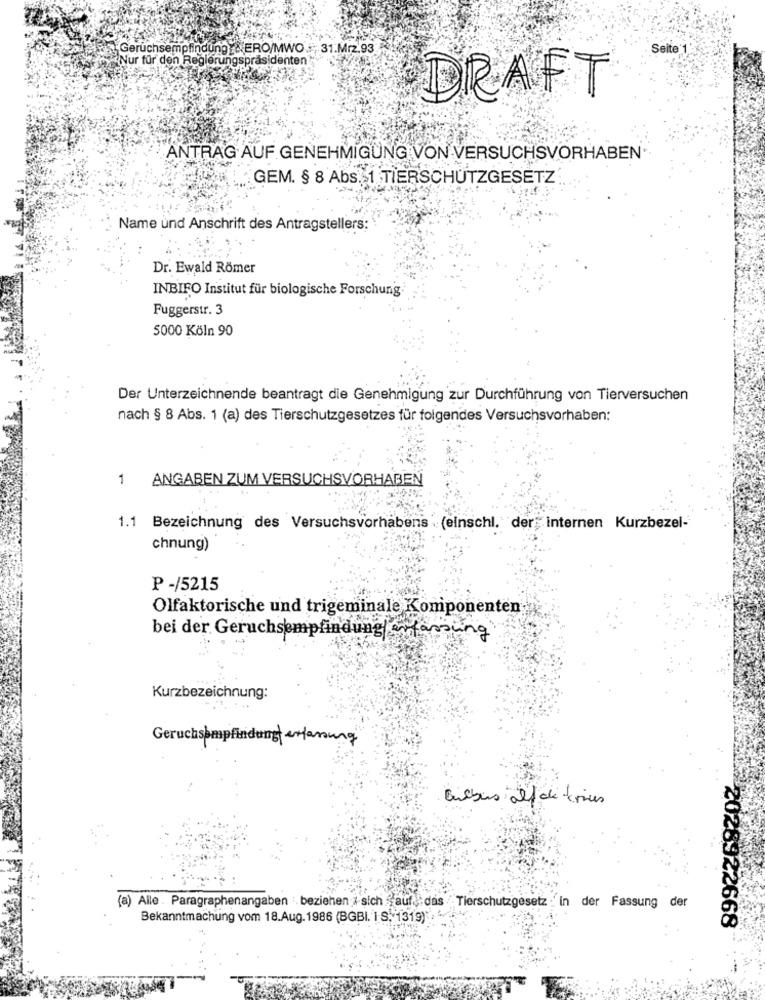
Geruchsempfindung : ERO/MWO :; 31.Mrz.93
Seite'
Nur für den Regierungspräsidenten
DRAFT
ANTRAG AUF GENEHMIGUNG VON VERSUCHSVORHABEN
GEM. § 8 Abs. 1 TIERSCHUTZGESETZ
Name und Anschrift des Antragstellers:
Dr. Ewald Römer
INBIRO Institut für biologische Forschung.
Fuggerstr. 3
5000 Köln 90
Der Unterzeichnende beantragt die Genehmigung zur Durchführung von Tierversuchen
nach § 8 Abs. 1 (a) des Tierschutzgesetzes für folgendes Versuchsvorhaben:
1
ANGABEN ZUM VERSUCHSVORHABEN
1.1
Bezeichnung des Versuchsvorhabens (einschl. der internen Kurzbezel-
chnung)
P -/5215
Olfaktorische und trigeminale Komponenten
bei der Geruchsempfindungenfassung
Kurzbezeichnung:
Geruchsempfindung erfassung
Bulbuns alt de tous
(a) Alle . Paragraphenangaben : beziehen # sich " auf :das Tierschutzgesetz : in der Fassung der
Bekanntmachung vom 18.Aug. 1986 (BGBI. I S. 1319) ,
2028922668